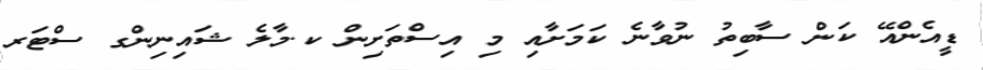
ޑީއެންއޭ ކަން ސާބިތު ނުވާނެ ކަމަށާއި މި އިސްތަށިން ކ.މާލެ ޝައިނިންގ ސްޓަރ